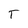
Character: T